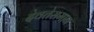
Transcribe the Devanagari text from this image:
देवतेसमान